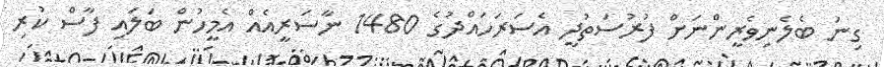
ގިނަ ބެލެނިވެރީންނަށް ފުރުސަތުދީ އެސަރަހައްދުގެ 1480 ނާސަރީއެއް އެމީހުން ބަލައި ފާސް ކުރި